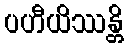
ပဟီယိဿန္တိ